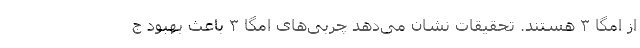
از امگا ۳ هستند. تحقیقات نشان می‌دهد چربی‌های امگا ۳ باعث بهبود ج